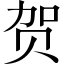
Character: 贺